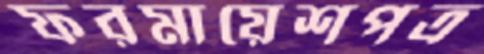
ফরমায়েশপত্র